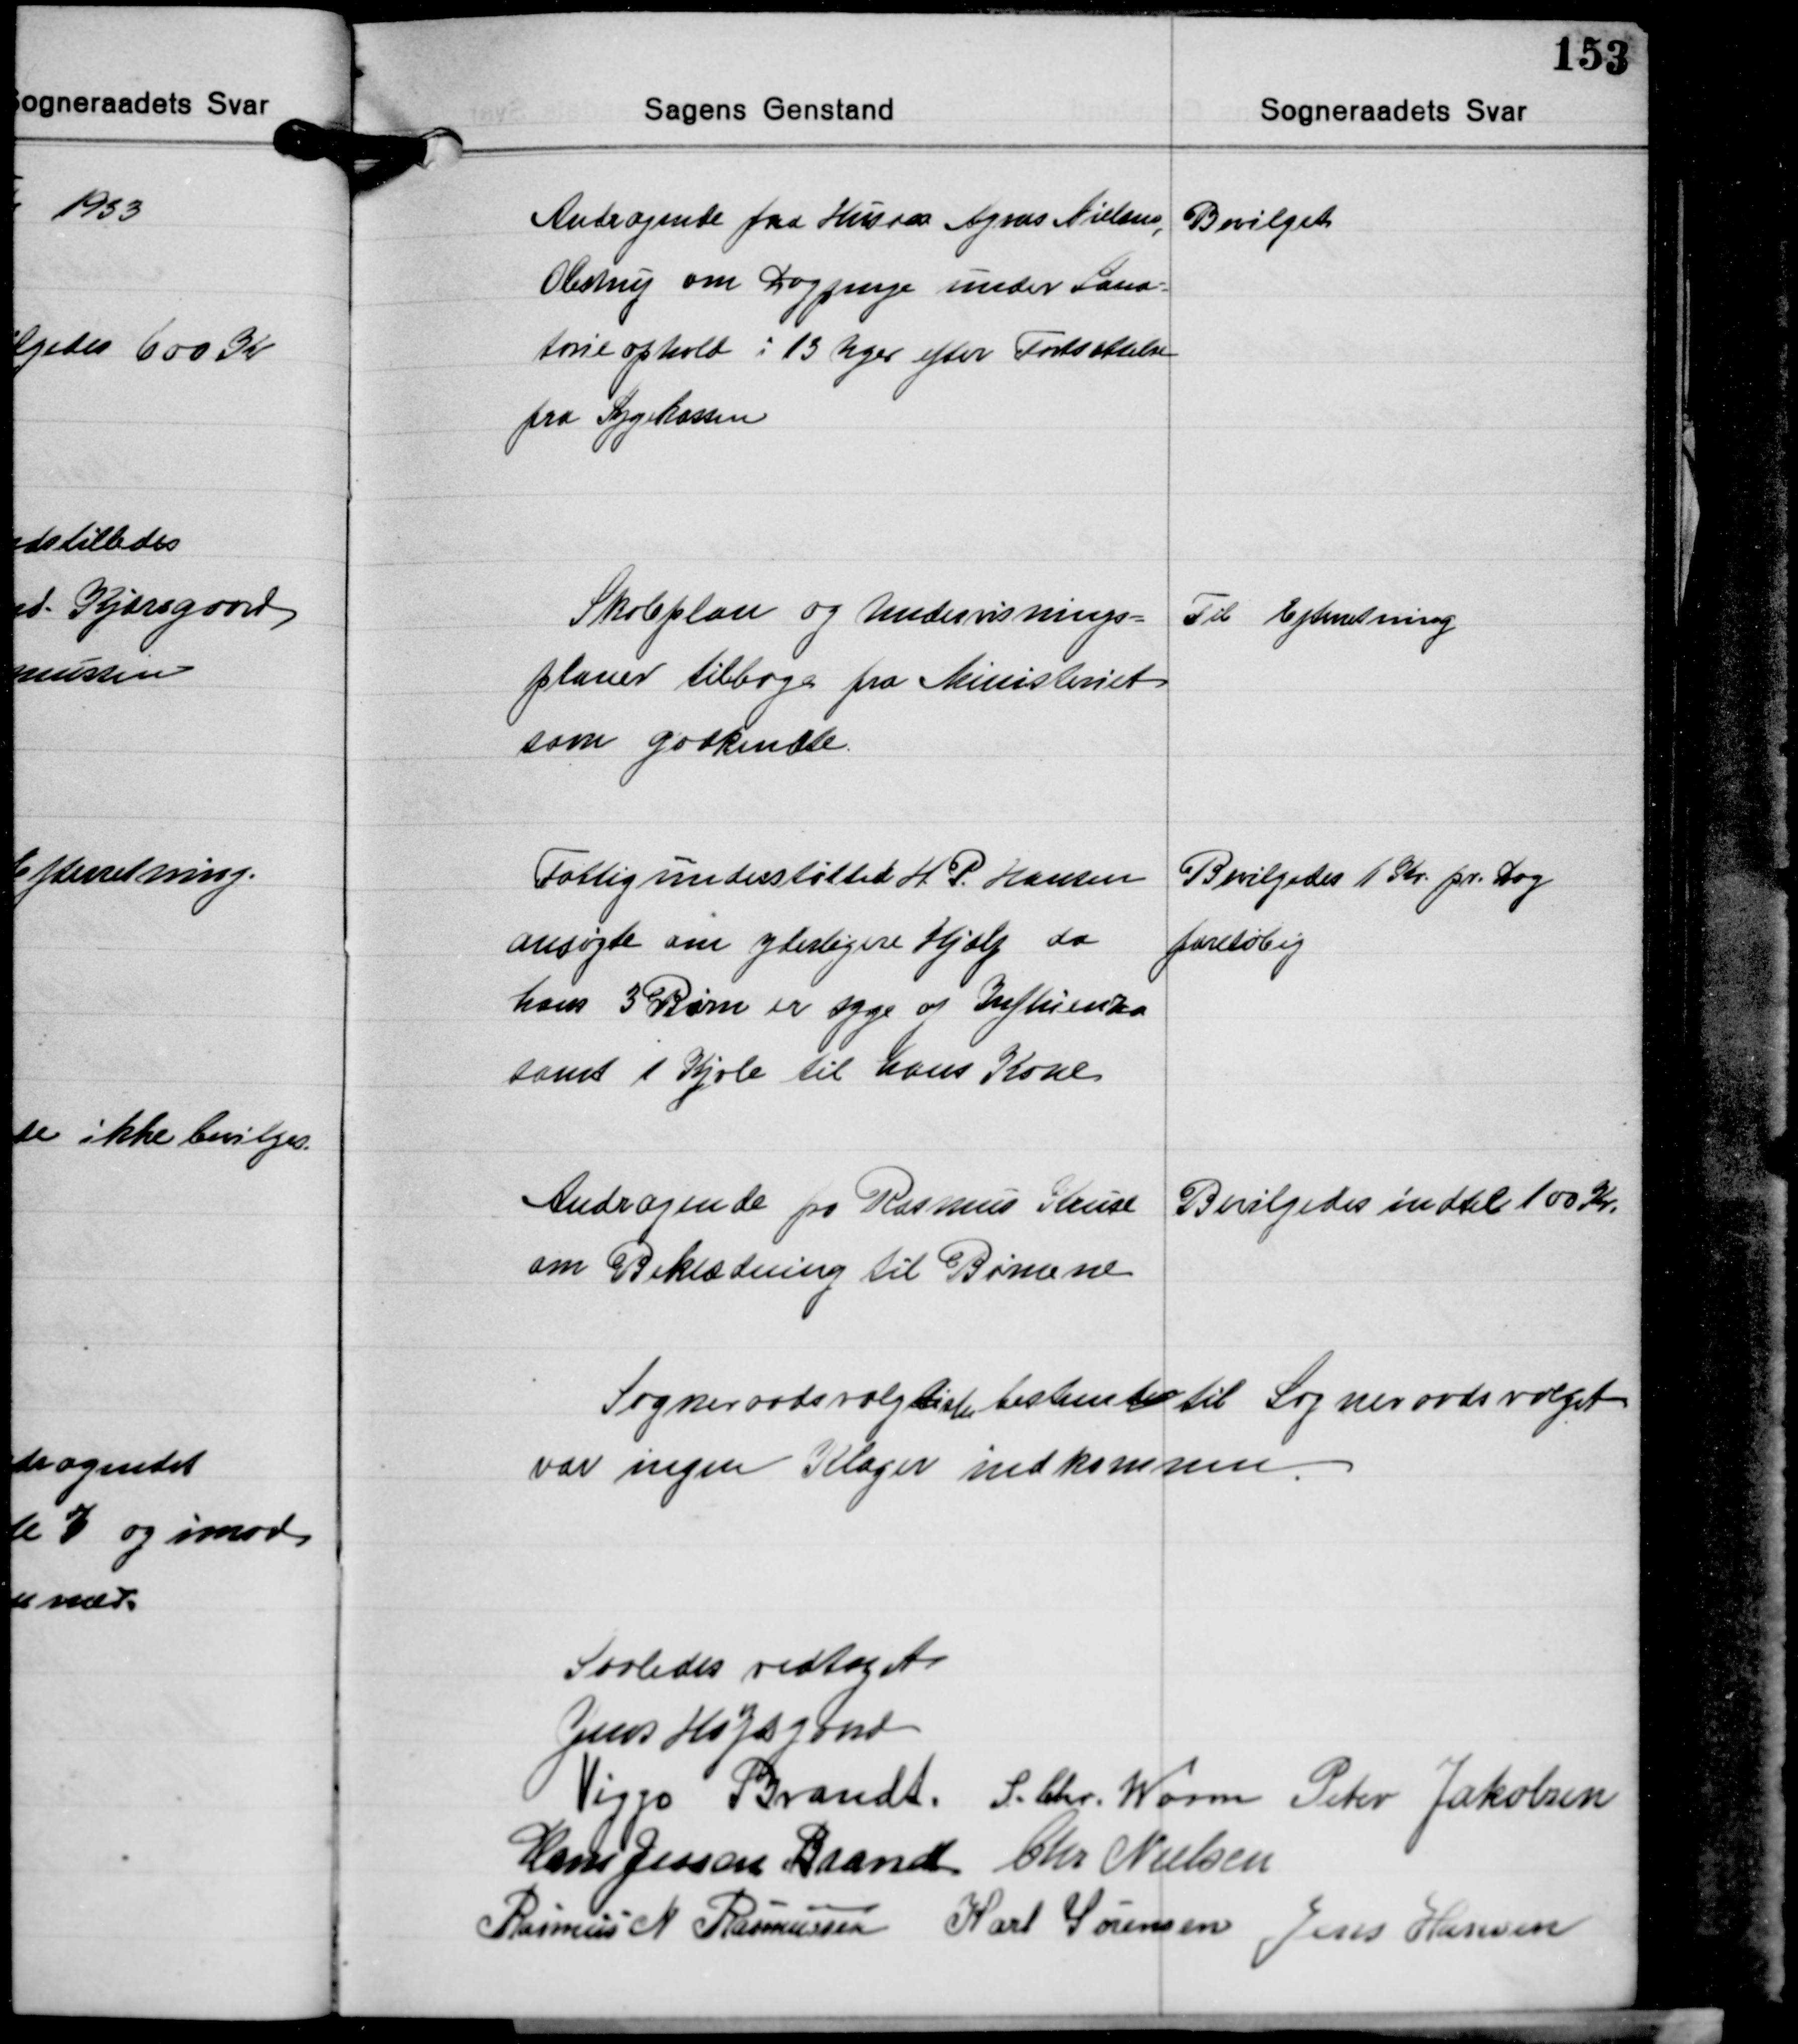
Transskription:
Andragende fra Husm. Agner Nielsen,
Obstrup om Dagpenge under Sana-
torie ophold i 13 Uger efter Fastsættelse
fra Sygekassen

Bevilget

Skoleplan og Undervisnings-
planer tilbage fra Ministeriet
som godkendte.

Til Efterretning

Fattigunderstøttede H. P. Hansen
ansøgte om yderligere Hjælp da
hans 3 Børn er syge af Influenza
samt 1 Kjole til hans Kone

Bevilgedes 1 Kr pr. Dag
foreløbig

Andragende fra Rasmus Kruse
om Beklædning til Børnene

Bevilgedes indtil 100 Kr.

Sogneraadsvalgliste bestemtes til Sogneraadsvalget
var ingen Klager indkommen.

Saaledes vedtaget
Jens Højsgaard
Viggo Brandt S. Chr. Worm Peter Jakobsen
Hans Jessen Brandt Chr. Nielsen
Rasmus N. Rasmussen Karl Sørensen Jens Hansen